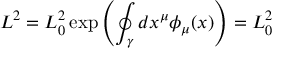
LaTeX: L ^ { 2 } = L _ { 0 } ^ { 2 } \exp \left( \oint _ { \gamma } d x ^ { \mu } \phi _ { \mu } ( x ) \right) = L _ { 0 } ^ { 2 } \,